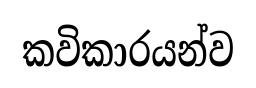
කවිකාරයන්ව